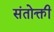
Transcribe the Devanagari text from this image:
संतोक्ती